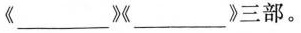
《___》《___》三部。